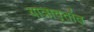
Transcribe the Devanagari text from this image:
यात्रावृतांत